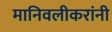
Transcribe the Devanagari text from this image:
मानिवलीकरांनी